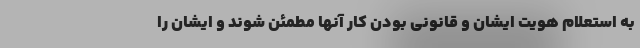
به استعلام هویت ایشان و قانونی بودن کار آنها مطمئن شوند و ایشان را